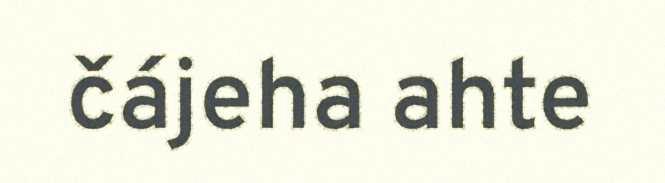
čájeha ahte